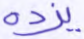
يزده